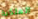
الملكية